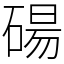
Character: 碭